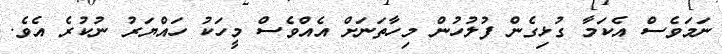
ނަމަވެސް އެކަމާ ގުޅިގެން ފުލުހުން މިހާތަނަށް އެއްވެސް މީހަކު ހައްޔަރު ނުކުރެ އެވެ.